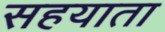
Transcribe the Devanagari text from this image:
सहयाता